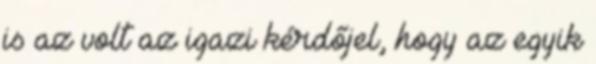
is az volt az igazi kérdőjel, hogy az egyik